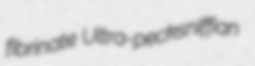
fibrinate Ultra-pecksniffian